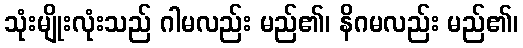
သုံးမျိုးလုံးသည် ဂါမလည်း မည်၏၊ နိဂမလည်း မည်၏၊